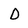
Character: D